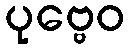
ပုဗ္ဗေဝ